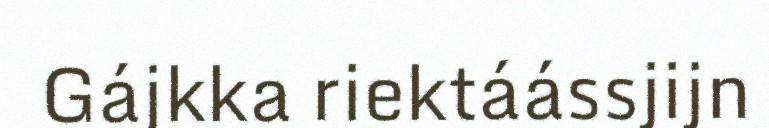
Gájkka riektáássjijn